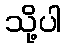
သို့ပါ